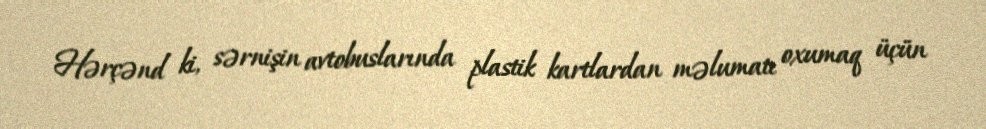
Hərçənd ki, sərnişin avtobuslarında plastik kartlardan məlumatı oxumaq üçün